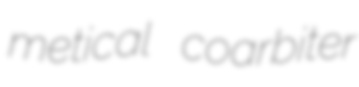
metical coarbiter